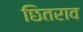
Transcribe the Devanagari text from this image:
छितराव